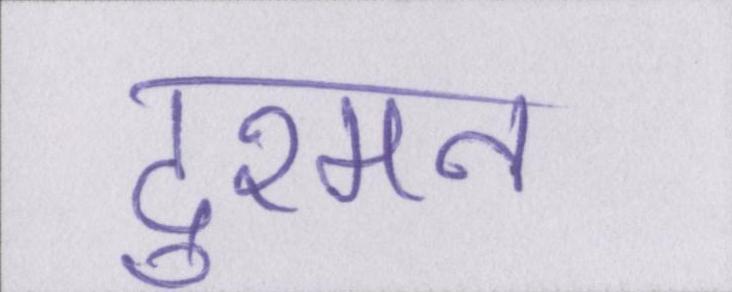
दुश्मन